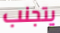
يتجنب